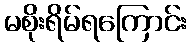
မစိုးရိမ်ရကြောင်း